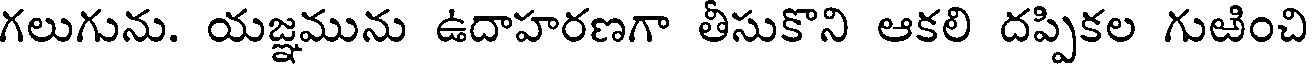
గలుగును. యజ్ఞమును ఉదాహరణగా తీసుకొని ఆకలి దప్పికల గుఱించి